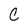
Character: C